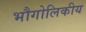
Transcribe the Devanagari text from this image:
भौगोलिकीय